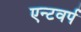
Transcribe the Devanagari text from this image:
एन्टवर्प